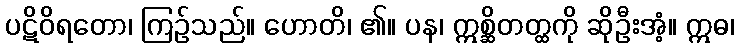
ပဋိဝိရတော၊ ကြဉ်သည်။ ဟောတိ၊ ၏။ ပန၊ ဣစ္ဆိတတ္ထကို ဆိုဦးအံ့။ ဣဓ၊